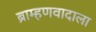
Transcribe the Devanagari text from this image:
ब्राम्हणवादाला